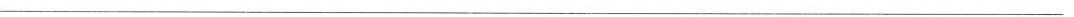
___